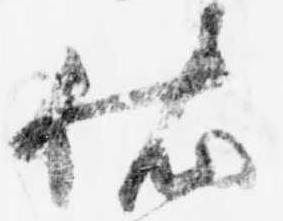
依